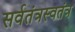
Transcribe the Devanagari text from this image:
सर्वतंत्रस्वतंत्र